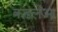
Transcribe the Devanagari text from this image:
कढलेआ